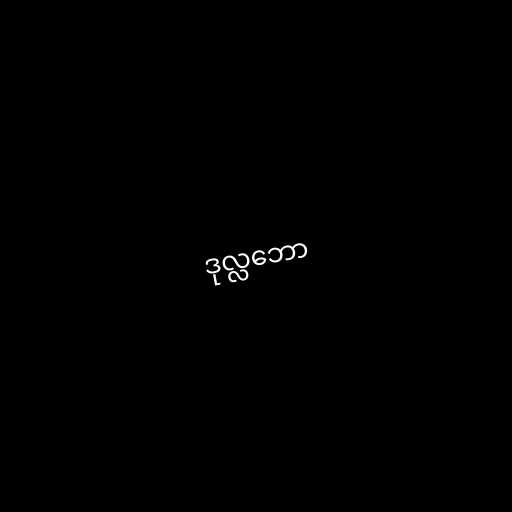
ဒုလ္လဘော